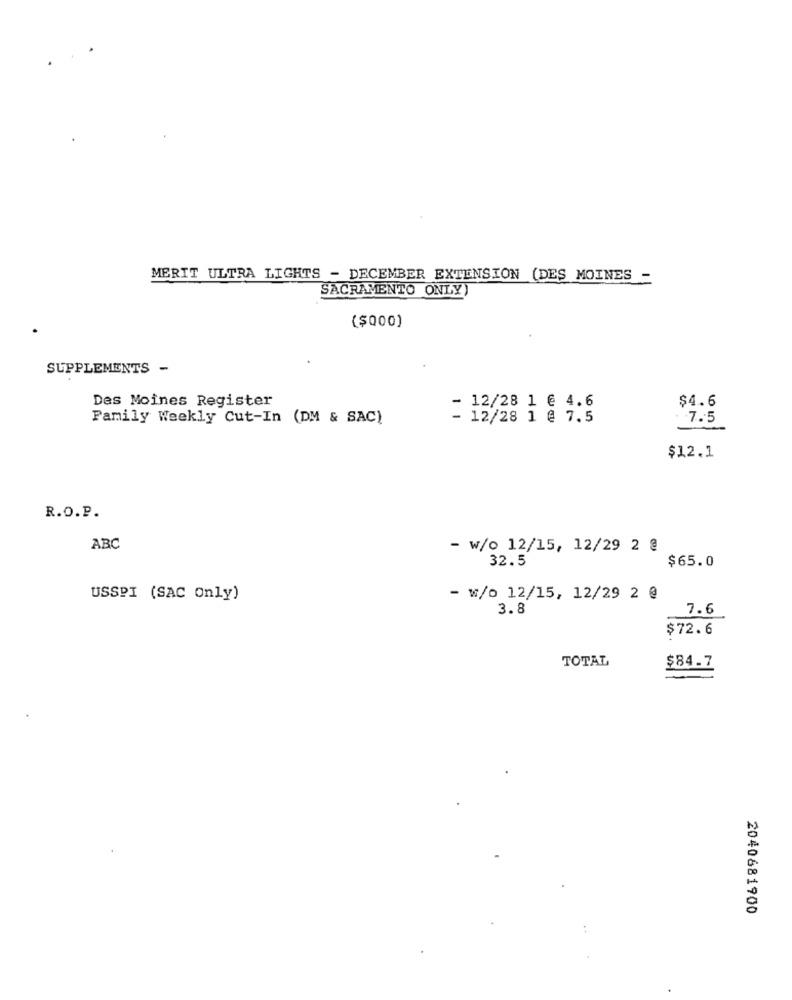
MERIT ULTRA LIGHTS - DECEMBER EXTENSION (DES MOINES
SACRAMENTO ONLY)
($000)
SUPPLEMENTS -
Des Moines Register
- 12/28 1 @ 4.6
$4.6
Family Weekly Cut-In (DM & SAC)
- 12/28 1 @ 7.5
7.5
$12.1
R.O.P.
ABC
- w/o 12/15, 12/29 2 @
32.5
$65.0
USSPI (SAC Only)
- w/o 12/15, 12/29 2 @
3.8
7.6
$72.6
TOTAL
$84.7
2040681900